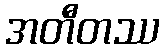
အတီတဿ